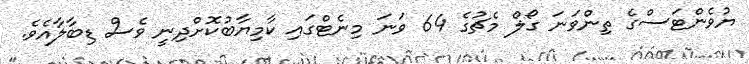
ޔުވެންޓަސްގެ ތިންވަނަ ގޯލް މެޗުގެ 64 ވަނަ މިނެޓްގައި ކާމިޔާބުކޮށްދިނީ ވެސް ޑިބާލާއެވެ.